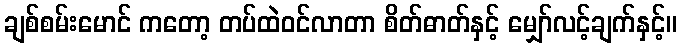
ချစ်စမ်းမောင် ကတော့ တပ်ထဲဝင်လာတာ စိတ်ဓာတ်နှင့် မျှော်လင့်ချက်နှင့်။